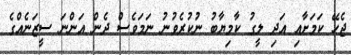
ޖެހޭ ކަމަށާއި އަދި ލީގު ކާމިޔާބު ނުކުރެވުނު ނަމަވެސް ދެން އަންނަ ސީޒަނެއްގެ